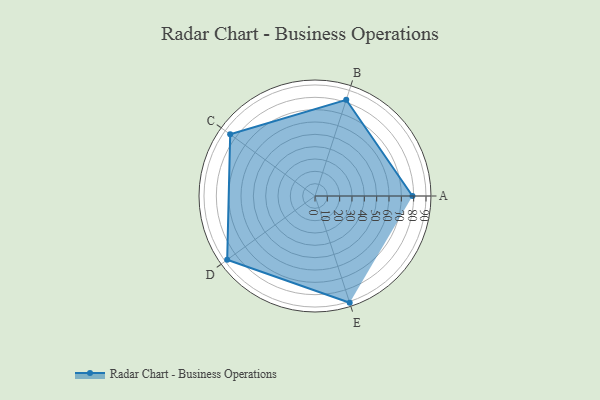
{"axis": {"x": "Skill", "y": "Score"}, "legend": ["Profile"], "data": [{"x": "A", "y": 79.0, "type": "Profile"}, {"x": "B", "y": 82.0, "type": "Profile"}, {"x": "C", "y": 85.0, "type": "Profile"}, {"x": "D", "y": 88.0, "type": "Profile"}, {"x": "E", "y": 91.0, "type": "Profile"}]}